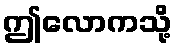
ဤလောကသို့